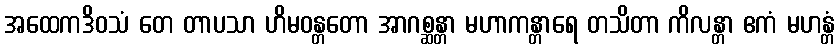
အထေကဒိဝသံ တေ တာပသာ ဟိမဝန္တတော အာဂစ္ဆန္တာ မဟာကန္တာရေ တသိတာ ကိလန္တာ ဧကံ မဟန္တံ